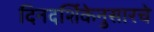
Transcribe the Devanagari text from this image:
दिनदर्शिकेनुसारचे